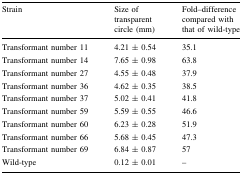
<table><thead><tr><td><b>Strain</b></td><td><b>Size of transparent circle (mm)</b></td><td><b>Fold–difference compared with that of wild-type</b></td></tr></thead><tbody><tr><td>Transformant number 11</td><td>4.21 ± 0.54</td><td>35.1</td></tr><tr><td>Transformant number 14</td><td>7.65 ± 0.98</td><td>63.8</td></tr><tr><td>Transformant number 27</td><td>4.55 ± 0.48</td><td>37.9</td></tr><tr><td>Transformant number 36</td><td>4.62 ± 0.35</td><td>38.5</td></tr><tr><td>Transformant number 37</td><td>5.02 ± 0.41</td><td>41.8</td></tr><tr><td>Transformant number 59</td><td>5.59 ± 0.55</td><td>46.6</td></tr><tr><td>Transformant number 60</td><td>6.23 ± 0.28</td><td>51.9</td></tr><tr><td>Transformant number 66</td><td>5.68 ± 0.45</td><td>47.3</td></tr><tr><td>Transformant number 69</td><td>6.84 ± 0.87</td><td>57</td></tr><tr><td>Wild-type</td><td>0.12 ± 0.01</td><td>–</td></tr></tbody></table>